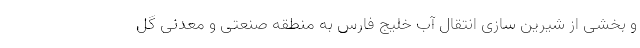
و بخشی از شیرین سازی انتقال آب خلیج فارس به منطقه صنعتی و معدنی گل